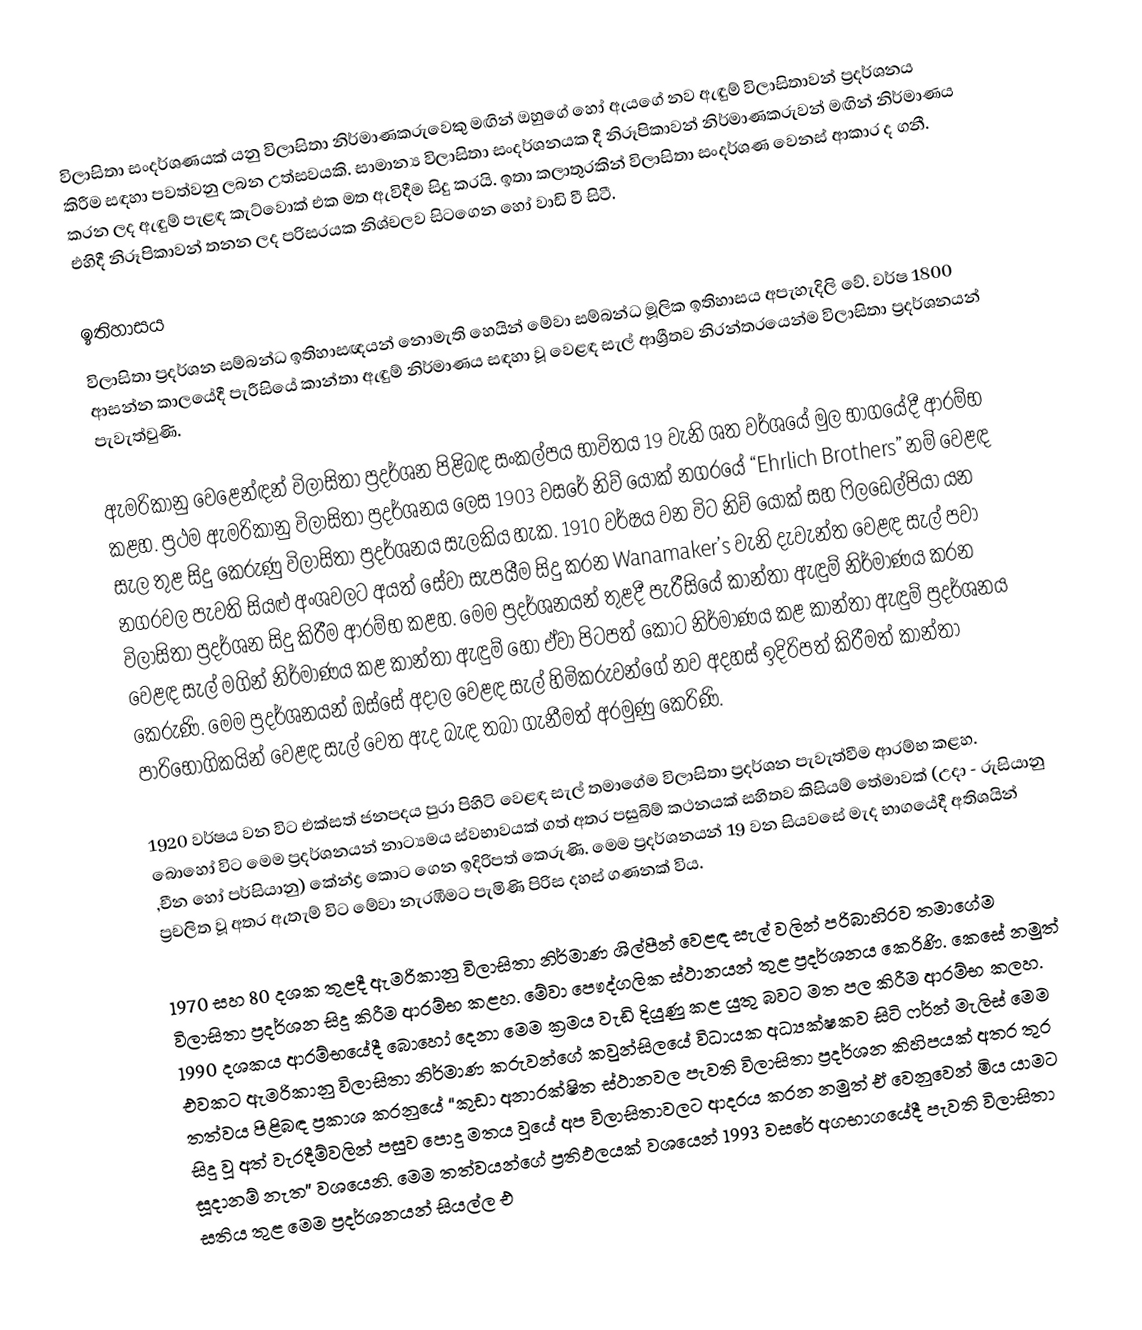
විලාසිතා සංදර්ශණයක් යනු විලාසිතා නිර්මාණකරුවෙකු මඟින් ඔහුගේ හෝ ඇයගේ නව ඇඳුම් විලාසිතාවන්  ප්‍රදර්ශනය කිරීම සඳහා පවත්වනු ලබන උත්සවයකි. සාමාන්‍ය විලාසිතා සංදර්ශනයක දී නිරූපිකාවන් නිර්මාණකරුවන් මඟින් නිර්මාණය කරන ලද ඇඳුම් පැළඳ කැට්වොක් එක මත ඇවිදීම සිදු කරයි. ඉතා කලාතුරකින් විලාසිතා සංදර්ශණ වෙනස් ආකාර ද ගනී. එහිදී නිරූපිකාවන් තනන ලද පරිසරයක නිශ්චලව සිටගෙන හෝ වාඩි වී සිටී.

ඉතිහාසය
විලාසිතා ප්‍රදර්ශන සම්බන්ධ ඉතිහාසඥයන් නොමැති හෙයින් මේවා සම්බන්ධ මූලික ඉතිහාසය අපැහැදිලි වේ. වර්ෂ 1800 ආසන්න කාලයේදී පැරීසියේ කාන්තා ඇඳුම් නිර්මාණය සඳහා වූ වෙළඳ සැල් ආශ්‍රීතව නිරන්තරයෙන්ම විලාසිතා ප්‍රදර්ශනයන් පැවැත්වුණි.

ඇමරිකානු වෙළෙන්ඳන් විලාසිතා ප්‍රදර්ශන පිළිබඳ සංකල්පය භාවිතය 19 වැනි ශත වර්ශයේ මුල භාගයේදී ආරම්භ කළහ. ප්‍රථම ඇමරිකානු විලාසිතා ප්‍රදර්ශනය ලෙස 1903 වසරේ නිව් යෝක් නගරයේ “Ehrlich Brothers” නම් වෙළඳ සැල තුළ සිදු කෙරුණු විලාසිතා ප්‍රදර්ශනය සැලකිය හැක. 1910 වර්ෂය වන විට නිව් යෝක් සහ ෆිලඩෙල්පියා යන නගරවල පැවති  සියළු අංශවලට අයත් සේවා සැපයීම සිදු කරන Wanamaker’s වැනි දැවැන්ත වෙළඳ සැල් පවා විලාසිතා ප්‍රදර්ශන සිදු කිරීම ආරම්භ කළහ. මෙම ප්‍රදර්ශනයන් තුළදී පැරීසියේ කාන්තා ඇඳුම් නිර්මාණය කරන වෙළඳ සැල් මගින් නිර්මාණය කළ කාන්තා ඇඳුම් හෝ ඒවා පිටපත් කොට නිර්මාණය කළ  කාන්තා ඇඳුම් ප්‍රදර්ශනය කෙරුණි. මෙම ප්‍රදර්ශනයන් ඔස්සේ අදාල වෙළඳ සැල් හිමිකරුවන්ගේ නව අදහස් ඉදිරිපත් කිරීමත් කාන්තා පාරිභෝගිකයින් වෙළඳ සැල් වෙත ඇද බැඳ තබා ගැනීමත් අරමුණු කෙරිණි.

1920 වර්ෂය වන විට එක්සත් ජනපදය පුරා පිහිටි වෙළඳ සැල් තමාගේම විලාසිතා ප්‍රදර්ශන පැවැත්වීම ආරම්භ කළහ. බොහෝ විට මෙම ප්‍රදර්ශනයන් නාට්‍යමය ස්වභාවයක් ගත් අතර පසුබිම් කථනයක් සහිතව කිසියම් තේමාවක් (උදා - රුසියානු ,චීන හෝ පර්සියානු) කේන්ද්‍ර කොට ගෙන ඉදිරිපත් කෙරුණි. මෙම ප්‍රදර්ශනයන් 19 වන සියවසේ මැද භාගයේදී අතිශයින් ප්‍රචලිත වූ අතර ඇතැම් විට මේවා නැරඹීමට පැමිණි පිරිස දහස් ගණනක් විය.

1970 සහ 80 දශක තුළදී ඇමරිකානු විලාසිතා නිර්මාණ ශිල්පීන් වෙළඳ සැල් වලින් පරිබාහිරව තමාගේම විලාසිතා ප්‍රදර්ශන සිදු කිරීම ආරම්භ කළහ. මේවා පෞද්ගලික ස්ථානයන් තුළ ප්‍රදර්ශනය කෙරිණි. කෙසේ නමුත් 1990 දශක‍ය ආරම්භයේදී බොහෝ දෙනා මෙම ක්‍රමය වැඩි දියුණු කළ යුතු බවට මත පල කිරීම ආරම්භ කලහ. එවකට  ඇමරිකානු විලාසිතා නිර්මාණ කරුවන්ගේ කවුන්සිලයේ  විධායක අධ්‍යක්ෂකව සිටි ෆර්න් මැලිස් මෙම තත්වය පිළිබඳ ප්‍රකාශ කරනුයේ “කුඩා අනාරක්ෂිත ස්ථානවල පැවති විලාසිතා ප්‍රදර්ශන කිහිපයක් අතර තුර සිදු වූ අත් වැරදීම්වලින් පසුව පොදු මතය වූයේ අප විලාසිතාවලට ආදරය කරන නමුත් ඒ වෙනුවෙන් මිය යාමට සූදානම් නැත” වශයෙනි. මෙම තත්වයන්ගේ ප්‍රතිඵලයක් වශයෙන් 1993 වසරේ අගභාගයේදී පැවති විලාසිතා සතිය තුළ මෙම ප්‍රදර්ශනයන් සියල්ල එ